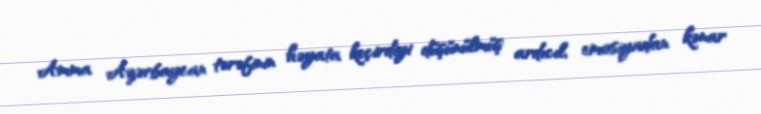
Amma Azərbaycan tərəfinin həyata keçirdiyi düşünülmüş ardıcıl, emosiyadan kənar